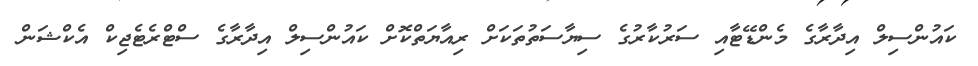
ކައުންސިލް އިދާރާގެ މެންޑޭޓާއި ސަރުކާރުގެ ސިޔާސަތުތަކަށް ރިއާޔަތްކޮށް ކައުންސިލް އިދާރާގެ ސްޓްރެޓެޖިކް އެކްޝަން